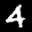
Label: 4